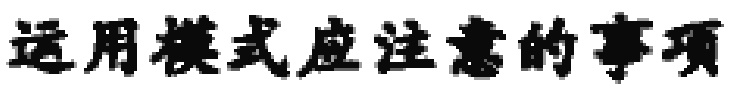
运用模式应注意的事项